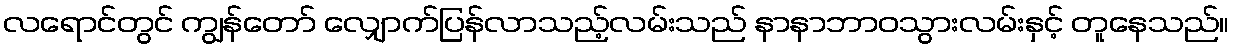
လရောင်တွင် ကျွန်တော် လျှောက်ပြန်လာသည့်လမ်းသည် နာနာဘာဝသွားလမ်းနှင့် တူနေသည်။